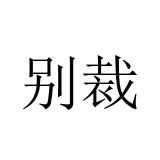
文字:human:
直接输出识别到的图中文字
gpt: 别裁